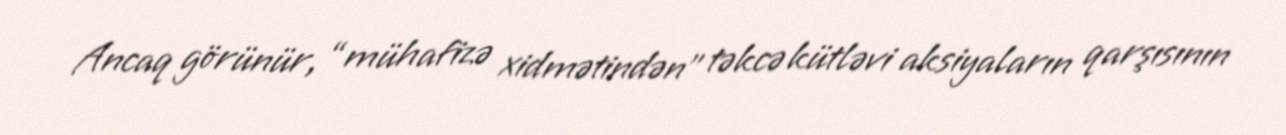
Ancaq görünür, “mühafizə xidmətindən” təkcə kütləvi aksiyaların qarşısının